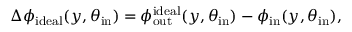
\Delta \phi _ { \mathrm { i d e a l } } ( y , \theta _ { \mathrm { i n } } ) = \phi _ { \mathrm { o u t } } ^ { \mathrm { i d e a l } } ( y , \theta _ { \mathrm { i n } } ) - \phi _ { \mathrm { i n } } ( y , \theta _ { \mathrm { i n } } ) ,